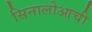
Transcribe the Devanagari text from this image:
सिनालोआची